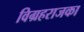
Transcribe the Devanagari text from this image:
विग्रहराजका